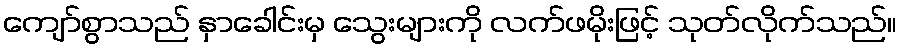
ကျော်စွာသည် နှာခေါင်းမှ သွေးများကို လက်ဖမိုးဖြင့် သုတ်လိုက်သည်။